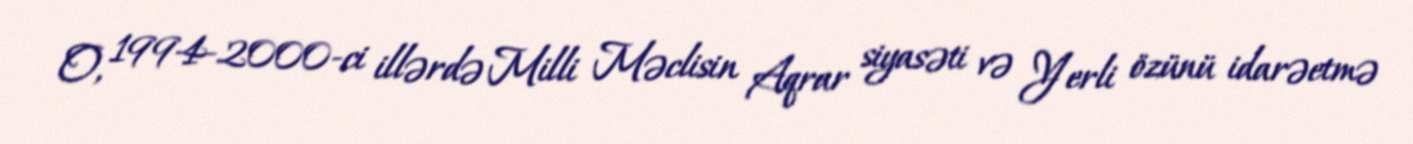
O, 1994-2000-ci illərdə Milli Məclisin Aqrar siyasəti və Yerli özünü idarəetmə